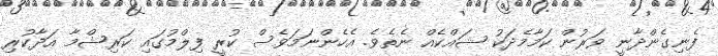
ފެނިގެންދާނީ ވަރުން ކަމާމެދަކު ޝައްކެއް ނެތެވެ. އެހެންނަމަވެސް ކުރީ ފިލްމުގައި ކަރިޝްމާ އަދާކުރި